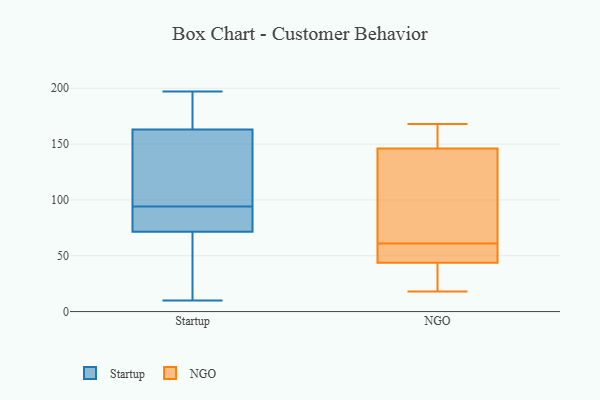
{"axis": {"x": "Customer Acquisition Cost (USD)", "y": "Value"}, "legend": ["NGO", "Startup"], "data": [{"x": "", "y": 179, "type": "Startup"}, {"x": "", "y": 81, "type": "Startup"}, {"x": "", "y": 10, "type": "Startup"}, {"x": "", "y": 133, "type": "Startup"}, {"x": "", "y": 43, "type": "Startup"}, {"x": "", "y": 80, "type": "Startup"}, {"x": "", "y": 147, "type": "Startup"}, {"x": "", "y": 57, "type": "Startup"}, {"x": "", "y": 76, "type": "Startup"}, {"x": "", "y": 67, "type": "Startup"}, {"x": "", "y": 191, "type": "Startup"}, {"x": "", "y": 100, "type": "Startup"}, {"x": "", "y": 197, "type": "Startup"}, {"x": "", "y": 88, "type": "Startup"}, {"x": "", "y": 196, "type": "Startup"}, {"x": "", "y": 118, "type": "Startup"}, {"x": "", "y": 144, "type": "NGO"}, {"x": "", "y": 131, "type": "NGO"}, {"x": "", "y": 168, "type": "NGO"}, {"x": "", "y": 50, "type": "NGO"}, {"x": "", "y": 140, "type": "NGO"}, {"x": "", "y": 47, "type": "NGO"}, {"x": "", "y": 152, "type": "NGO"}, {"x": "", "y": 53, "type": "NGO"}, {"x": "", "y": 34, "type": "NGO"}, {"x": "", "y": 61, "type": "NGO"}, {"x": "", "y": 22, "type": "NGO"}, {"x": "", "y": 18, "type": "NGO"}, {"x": "", "y": 163, "type": "NGO"}]}